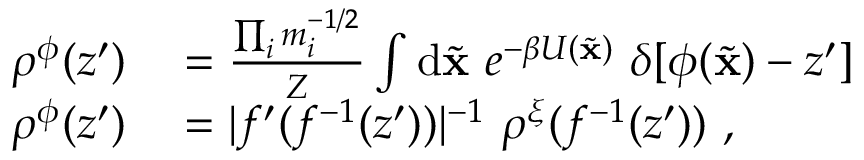
\begin{array} { r l } { \rho ^ { \phi } ( z ^ { \prime } ) } & { { } = \frac { \prod _ { i } m _ { i } ^ { - 1 / 2 } } { Z } \int \mathrm { d } \ensuremath { { \widetilde { \mathbf { x } } } } \ e ^ { - \beta U ( \ensuremath { { \widetilde { \mathbf { x } } } } ) } \ \delta [ \phi ( \ensuremath { { \widetilde { \mathbf { x } } } } ) - z ^ { \prime } ] } \\ { \rho ^ { \phi } ( z ^ { \prime } ) } & { { } = | f ^ { \prime } ( f ^ { - 1 } ( z ^ { \prime } ) ) | ^ { - 1 } \ \rho ^ { \xi } ( f ^ { - 1 } ( z ^ { \prime } ) ) \ , } \end{array}